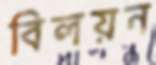
বিলয়ন